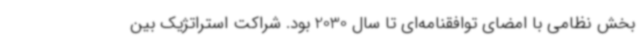
بخش نظامی با امضای توافقنامه‌ای تا سال 2030 بود. شراکت استراتژیک بین